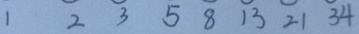
1 2 3 5 8 1 3 2 1 3 4